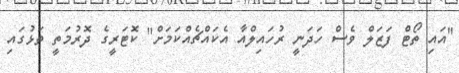
"އައި ތޯޓް ފަޒަލް ވެސް ހަދަނީ ރުހައިލްއާ އެކައްޗެއްކަމަށް" ކޮޓަރީގެ ދޮރުމަތީ ތަޅުގައި